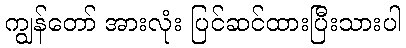
ကျွန်တော် အားလုံး ပြင်ဆင်ထားပြီးသားပါ